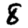
Digit: 8